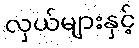
လှယ်များနှင့်